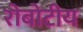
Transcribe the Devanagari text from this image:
रोबोटीय